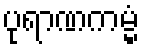
ပုရာဏကမ္မံ